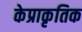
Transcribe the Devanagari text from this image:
केप्राकृतिक